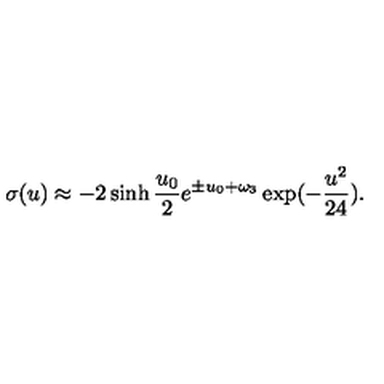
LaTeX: \sigma ( u ) \approx - 2 \sinh { \frac { u _ { 0 } } { 2 } } e ^ { \pm u _ { 0 } + \omega _ { 3 } } \exp ( - { \frac { u ^ { 2 } } { 2 4 } } ) .